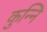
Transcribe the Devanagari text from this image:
कुन्नि